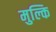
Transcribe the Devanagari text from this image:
मुल्कि